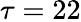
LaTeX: \tau=22